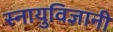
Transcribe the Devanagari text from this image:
स्नायुविज्ञानी